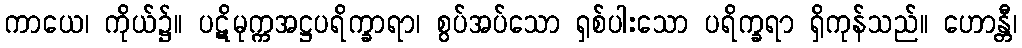
ကာယေ၊ ကိုယ်၌။ ပဋိမုက္ကအဋ္ဌပရိက္ခာရာ၊ စွပ်အပ်သော ရှစ်ပါးသော ပရိက္ခရာ ရှိကုန်သည်။ ဟောန္တီ၊